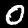
Label: 0